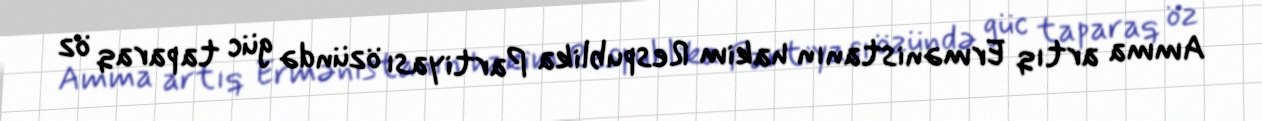
Amma artıq Ermənistanın hakim Respublika Partiyası özündə güc taparaq öz